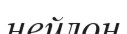
нейлон